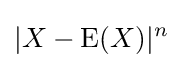
|X-\operatorname {E} (X)|^{n}